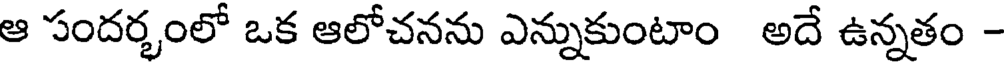
ఆ సందర్భంలో ఒక ఆలోచనను ఎన్నుకుంటాం అదే ఉన్నతం -